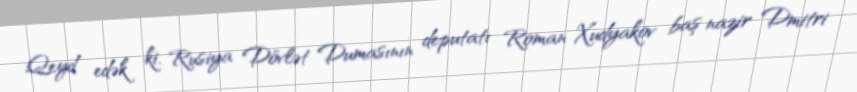
Qeyd edək ki, Rusiya Dövlət Dumasının deputatı Roman Xudyakov baş nazir Dmitri